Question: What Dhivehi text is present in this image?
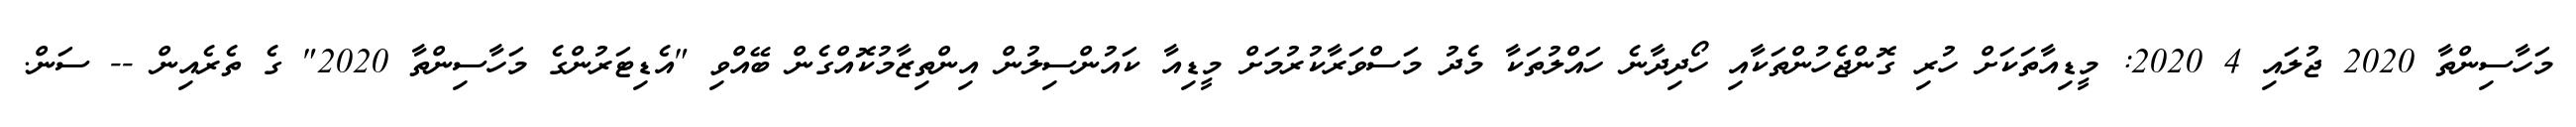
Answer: މަހާސިންތާ 2020 ޖުލައި 4 2020: މީޑިއާތަކަށް ހުރި ގޮންޖެހުންތަކާއި ހޯދިދާނެ ހައްލުތަކާ މެދު މަސްވަރާކުރުމަށް މީޑިއާ ކައުންސިލުން އިންތިޒާމުކޮއްގެން ބޭއްވި "އެޑިޓަރުންގެ މަހާސިންތާ 2020" ގެ ތެރެއިން -- ސަން.